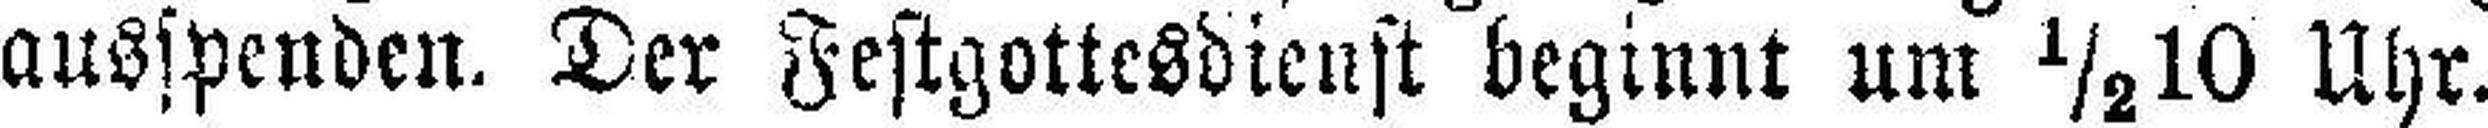
ausspenden. Der Festgottesdienst beginnt um ½10 Uhr.